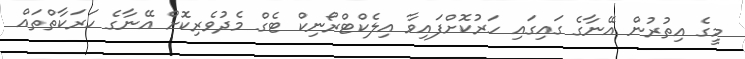
މީގެ އިތުރުން އޭނާގެ ގައިގައި ހަރުކޮށްފައިވާ އިލެކްޓްރޯނިކް ޓެގް މެދުވެރިކޮށް އޭނާގެ ހަރަކާތްތައް